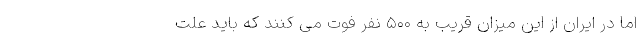
اما در ایران از این میزان قریب به ۵۰۰ نفر فوت می کنند که باید علت